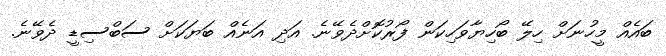
ބައެއް މީހުނަށް ހިލޭ ބޯހިޔާވަހިކަން ފޯރުކޮށްދެވޭނެ. އަދި އަނެއް ބަޔަކަށް ސަބްސިޑީ ދެވޭނެ.